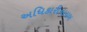
અધિકારીનાયબ